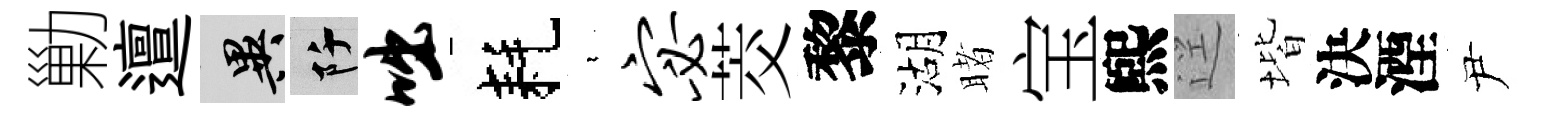
勦邅异阡咄耗裊宓茭黎湖睹宝煕逕堦決湮尹